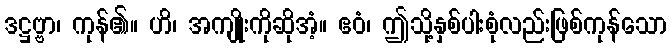
ဒဋ္ဌဗ္ဗာ၊ ကုန်၏။ ဟိ၊ အကျိုးကိုဆိုအံ့။ ဧဝံ၊ ဤသို့နှစ်ပါးစုံလည်းဖြစ်ကုန်သော